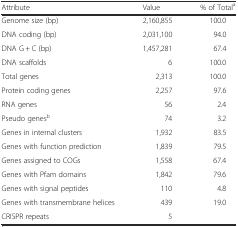
| Attribute | Value | % of Totala |
 | --- | --- | --- |
 | Genome size (bp) | 2,160,855 | 100.0 |
 | DNA coding (bp) | 2,031,100 | 94.0 |
 | DNA G + C (bp) | 1,457,281 | 67.4 |
 | DNA scaffolds | 6 | 100.0 |
 | Total genes | 2,313 | 100.0 |
 | Protein coding genes | 2,257 | 97.6 |
 | RNA genes | 56 | 2.4 |
 | Pseudo genesb | 74 | 3.2 |
 | Genes in internal clusters | 1,932 | 83.5 |
 | Genes with function prediction | 1,839 | 79.5 |
 | Genes assigned to COGs | 1,558 | 67.4 |
 | Genes with Pfam domains | 1,842 | 79.6 |
 | Genes with signal peptides | 110 | 4.8 |
 | Genes with transmembrane helices | 439 | 19.0 |
 | CRISPR repeats | 5 |  |